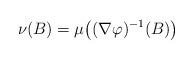
LaTeX: \begin{align*} \nu(B) = \mu\big((\nabla \varphi)^{-1}(B)\big)\end{align*}